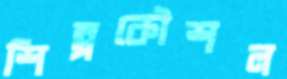
শিল্পকৌশল